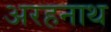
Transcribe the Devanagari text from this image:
अरहनाथ